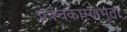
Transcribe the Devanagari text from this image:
प्रपंचकारणभूता